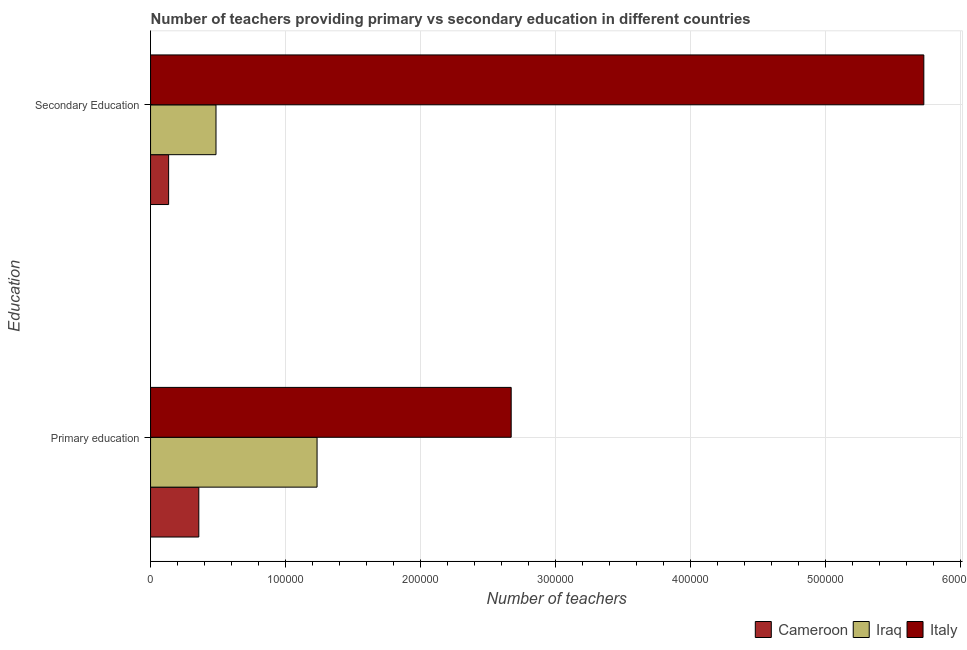
| Education | Cameroon | Iraq | Italy |
 | --- | --- | --- | --- |
 | Primary education | 3.57e+04 | 1.23e+05 | 2.67e+05 |
 | Secondary Education | 1.34e+04 | 4.85e+04 | 5.73e+05 |